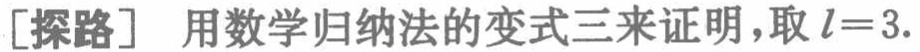
[探路] 用数学归纳法的变式三来证明，取 \(l = 3\).